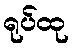
ရုပ်ထု